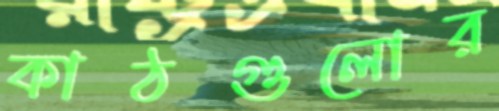
কাঠগুলোর